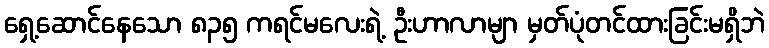
ရှေ့ဆောင်နေသော ၈၃၅ ကရင်မလေးရဲ့ ဦးဟာလာမျာ မှတ်ပုံတင်ထားခြင်းမရှိဘဲ